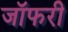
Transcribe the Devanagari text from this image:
जॉफरी